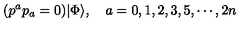
( p ^ { a } p _ { a } = 0 ) | \Phi \rangle , \quad a = 0 , 1 , 2 , 3 , 5 , \cdots , 2 n